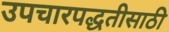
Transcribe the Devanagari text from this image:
उपचारपद्धतीसाठी